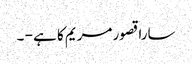
سارا قصور مریم کا ہے - ۔